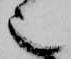
也